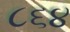
૮૬૪